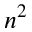
n ^ { 2 }